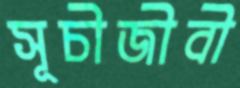
সূচীজীবী